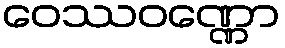
ဝေဿဝဏ္ဏော